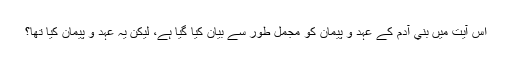
اس آيت ميں بني آدم كے عہد و پيمان كو مجمل طور سے بيان كيا گيا ہے، ليكن يہ عہد و پيمان كيا تھا؟